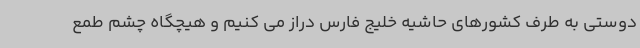
دوستی به طرف کشورهای حاشیه خلیج فارس دراز می کنیم و هیچگاه چشم طمع